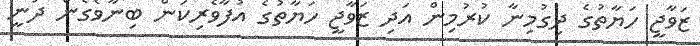
ޒަވާޖީ ހަޔާތުގެ ދިގުމިނާ ކުރުމިން އަދި ޒަވާޖީ ހަޔާތުގެ އުފާވެރިކަން ބިނާވެގެން ދަނީ